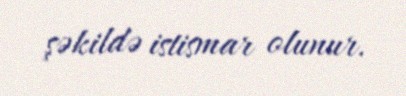
şəkildə istismar olunur.